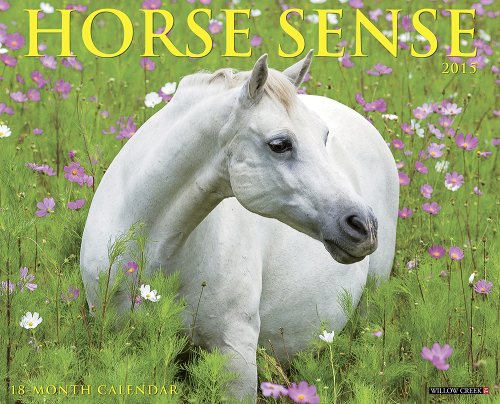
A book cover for Horse Sense 2015 Wall Calendar; Willow Creek Press; Calendars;